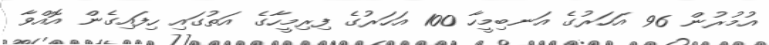
އުމުރުން 96 އަހަރުގެ އަނބިމީހާ 100 އަހަރުގެ ފިރިމީހާގެ އަތުގައި ހިފައިގެން އޮއްވާ